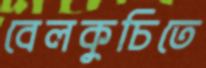
বেলকুচিতে